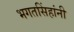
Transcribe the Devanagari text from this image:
भगतसिंहांनी